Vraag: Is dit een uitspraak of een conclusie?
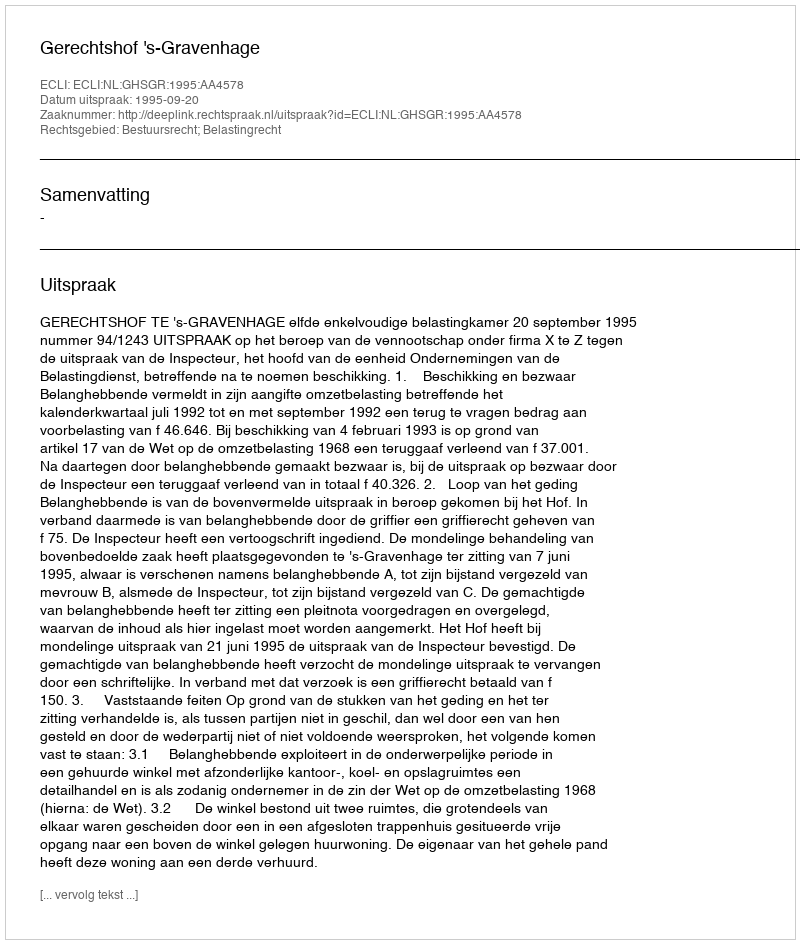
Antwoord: Uitspraak